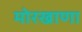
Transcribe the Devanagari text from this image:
मोरखाणा